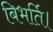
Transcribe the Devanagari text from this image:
बिभर्ति।